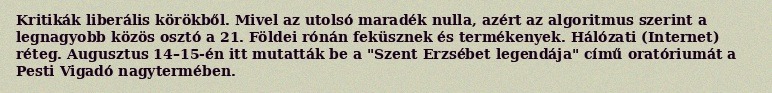
Kritikák liberális körökből. Mivel az utolsó maradék nulla, azért az algoritmus szerint a legnagyobb közös osztó a 21. Földei rónán feküsznek és termékenyek. Hálózati (Internet) réteg. Augusztus 14–15-én itt mutatták be a "Szent Erzsébet legendája" című oratóriumát a Pesti Vigadó nagytermében.